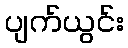
ပျက်ယွင်း